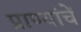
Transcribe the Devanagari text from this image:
प्राण्यांचें